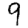
Digit: 9